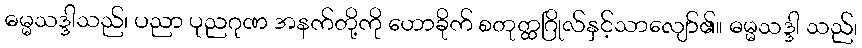
ဓမ္မသဒ္ဒါသည်၊ ပညာ ပုညဂုဏ အနက်တို့ကို ဟောခိုက် စတုတ္ထဂြိုလ်နှင့်သာလျော်၏။ ဓမ္မသဒ္ဒါ သည်၊